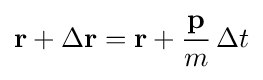
\mathbf {r} +\Delta \mathbf {r} =\mathbf {r} +{\frac {\mathbf {p} }{m}}\,\Delta t